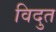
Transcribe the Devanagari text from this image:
विदुत